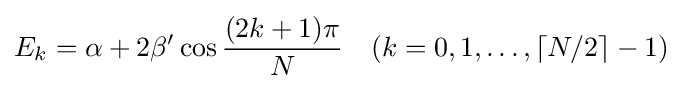
E_{k}=\alpha +2\beta ^{\prime }\cos {\frac {(2k+1)\pi }{N}}\quad (k=0,1,\ldots ,\lceil N/2\rceil -1)